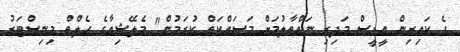
ގެ ކައިރިން އީޑީސް މަދިރި ނައްތާލުމަށް މަސައްކަތް ކުރަމުން" މެލޭޝިއާގެ ހެލްތް މިނިސްޓަރު